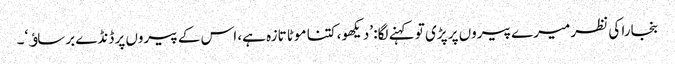
بنجارا کی نظر میرے پیروں پر پڑی تو کہنے لگا: ’دیکھو، کتنا موٹا تازہ ہے، اس کے پیروں پر ڈنڈے برساﺅ‘۔